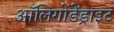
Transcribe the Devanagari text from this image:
ऑलिगोडेंड्राइट